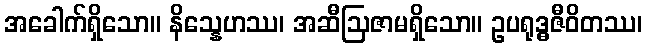
အခေါက်ရှိသော။ နိသ္နေဟဿ၊ အဆီဩဇာမရှိသော။ ဥပရုဒ္ဓဇီဝိတဿ၊